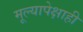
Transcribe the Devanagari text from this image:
मूल्यापेक्षाही